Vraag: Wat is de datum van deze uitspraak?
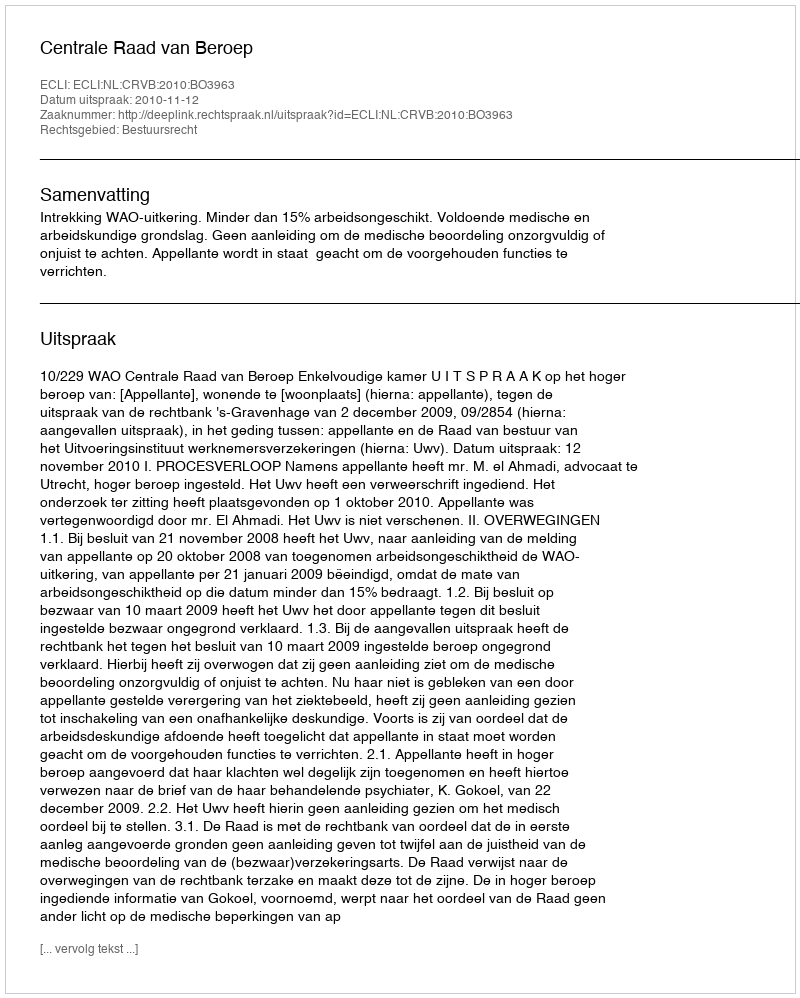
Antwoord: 2010-11-12